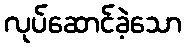
လုပ်ဆောင်ခဲ့သော